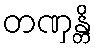
တဏှန္တိ